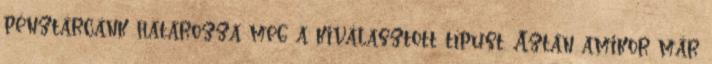
pénztárcánk határozza meg a kiválasztott típust. Aztán amikor már